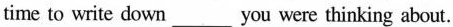
time to write down___ you were thinking about.